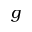
g